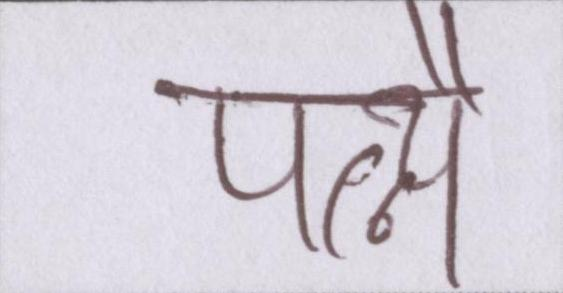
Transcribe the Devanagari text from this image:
पत्न्यै